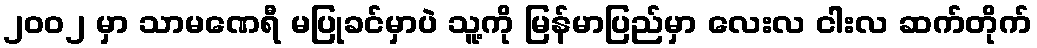
၂၀၀၂ မှာ သာမဏေရီ မပြုခင်မှာပဲ သူ့ကို မြန်မာပြည်မှာ လေးလ ငါးလ ဆက်တိုက်